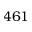
4 6 1